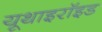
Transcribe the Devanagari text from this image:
यूथाइरॉइड